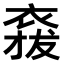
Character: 𧛌